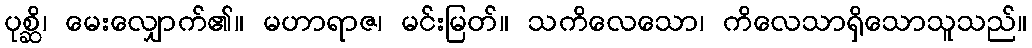
ပုစ္ဆိ၊ မေးလျှောက်၏။ မဟာရာဇ၊ မင်းမြတ်။ သကိလေသော၊ ကိလေသာရှိသောသူသည်။